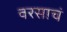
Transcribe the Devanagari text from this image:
वरसाचं